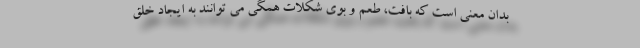
بدان معنی است که بافت، طعم و بوی شکلات همگی می توانند به ایجاد خلق